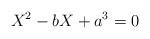
LaTeX: \begin{align*}X^2-bX+a^3=0\end{align*}